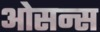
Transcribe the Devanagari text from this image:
ओसन्स